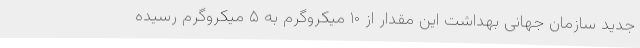
جدید سازمان جهانی بهداشت این مقدار از ۱۰ میکروگرم به ۵ میکروگرم رسیده